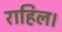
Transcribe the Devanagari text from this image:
राहिल।